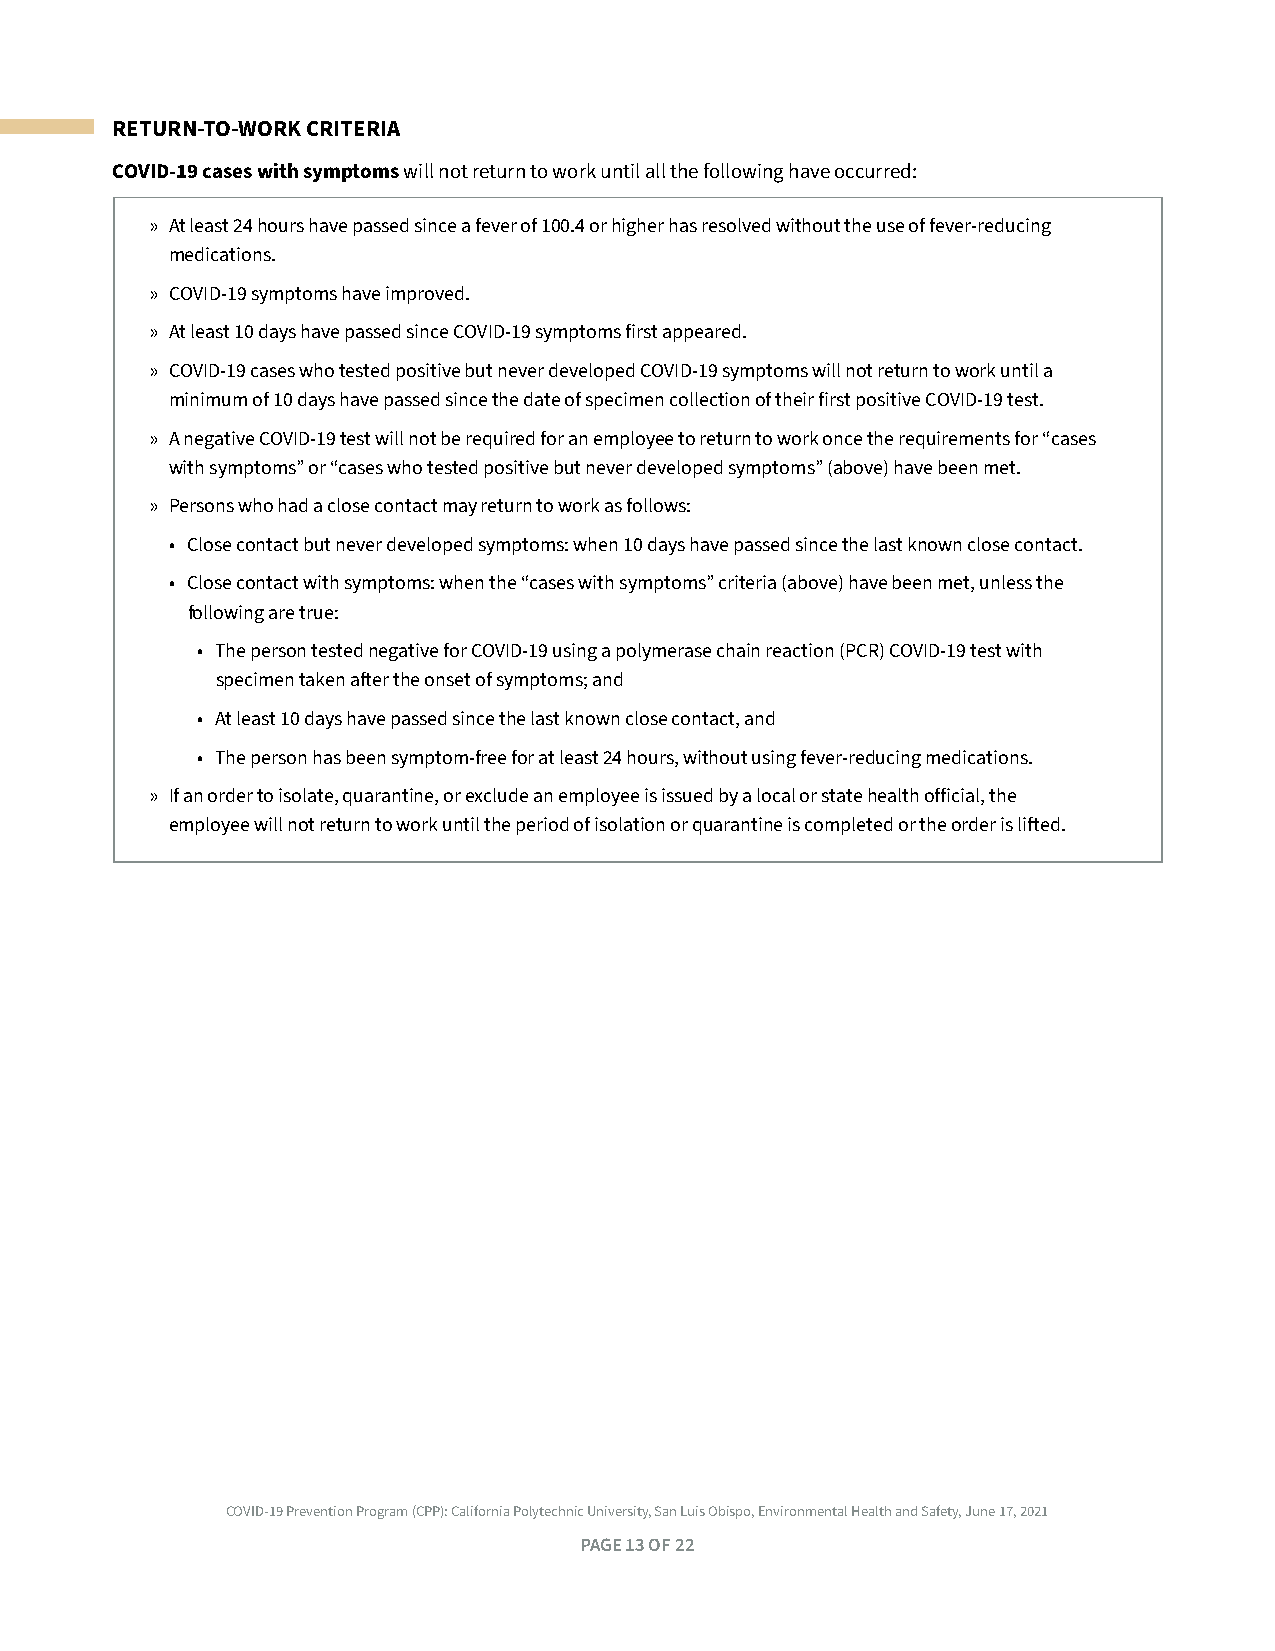
RETURN-TO-WORK CRITERIA
 COVID-19 cases with symptoms will not return to work until all the following have occurred:
 » At least 24 hours have passed since a fever of 100 .4 or higher has resolved without the use of fever-reducing
 medications .
 » COVID-19 symptoms have improved .
 » At least 10 days have passed since COVID-19 symptoms first appeared .
 » COVID-19 cases who tested positive but never developed COVID-19 symptoms will not return to work until a
 minimum of 10 days have passed since the date of specimen collection of their first positive COVID-19 test .
 » A negative COVID-19 test will not be required for an employee to return to work once the requirements for “cases
 with symptoms” or “cases who tested positive but never developed symptoms” (above) have been met .
 » Persons who had a close contact may return to work as follows:
 • Close contact but never developed symptoms: when 10 days have passed since the last known close contact .
 • Close contact with symptoms: when the “cases with symptoms” criteria (above) have been met, unless the
 following are true:
 • The person tested negative for COVID-19 using a polymerase chain reaction (PCR) COVID-19 test with
 specimen taken after the onset of symptoms; and
 • At least 10 days have passed since the last known close contact, and
 • The person has been symptom-free for at least 24 hours, without using fever-reducing medications .
 » If an order to isolate, quarantine, or exclude an employee is issued by a local or state health official, the
 employee will not return to work until the period of isolation or quarantine is completed or the order is lifted .
 COVID-19 Prevention Program (CPP): California Polytechnic University, San Luis Obispo, Environmental Health and Safety, June 17, 2021
 PAGE 13 OF 22